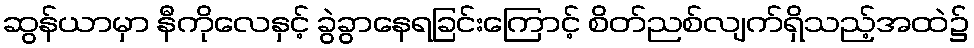
ဆွန်ယာမှာ နီကိုလေနှင့် ခွဲခွာနေရခြင်းကြောင့် စိတ်ညစ်လျက်ရှိသည့်အထဲ၌